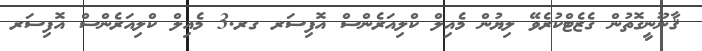
ޤާނޫނީގޮތުން ގެޒެޓްކުރެވޭ ލިޔުން މެއިލް ކްލިއަރެންސް އޮފިސަރ ގރ.3 މެއިލް ކްލިއަރެންސް އޮފިސަރ